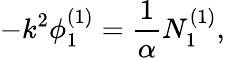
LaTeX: -k^{2}\phi_{1}^{(1)}=\frac{1}{\alpha}N_{1}^{(1)},